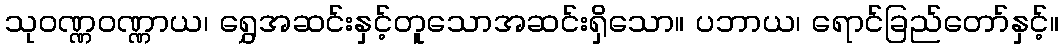
သုဝဏ္ဏဝဏ္ဏာယ၊ ရွှေအဆင်းနှင့်တူသောအဆင်းရှိသော။ ပဘာယ၊ ရောင်ခြည်တော်နှင့်။